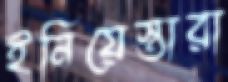
ইনিয়েস্তারা